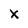
Character: X